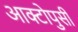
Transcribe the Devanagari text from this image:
आक्टोपुसी